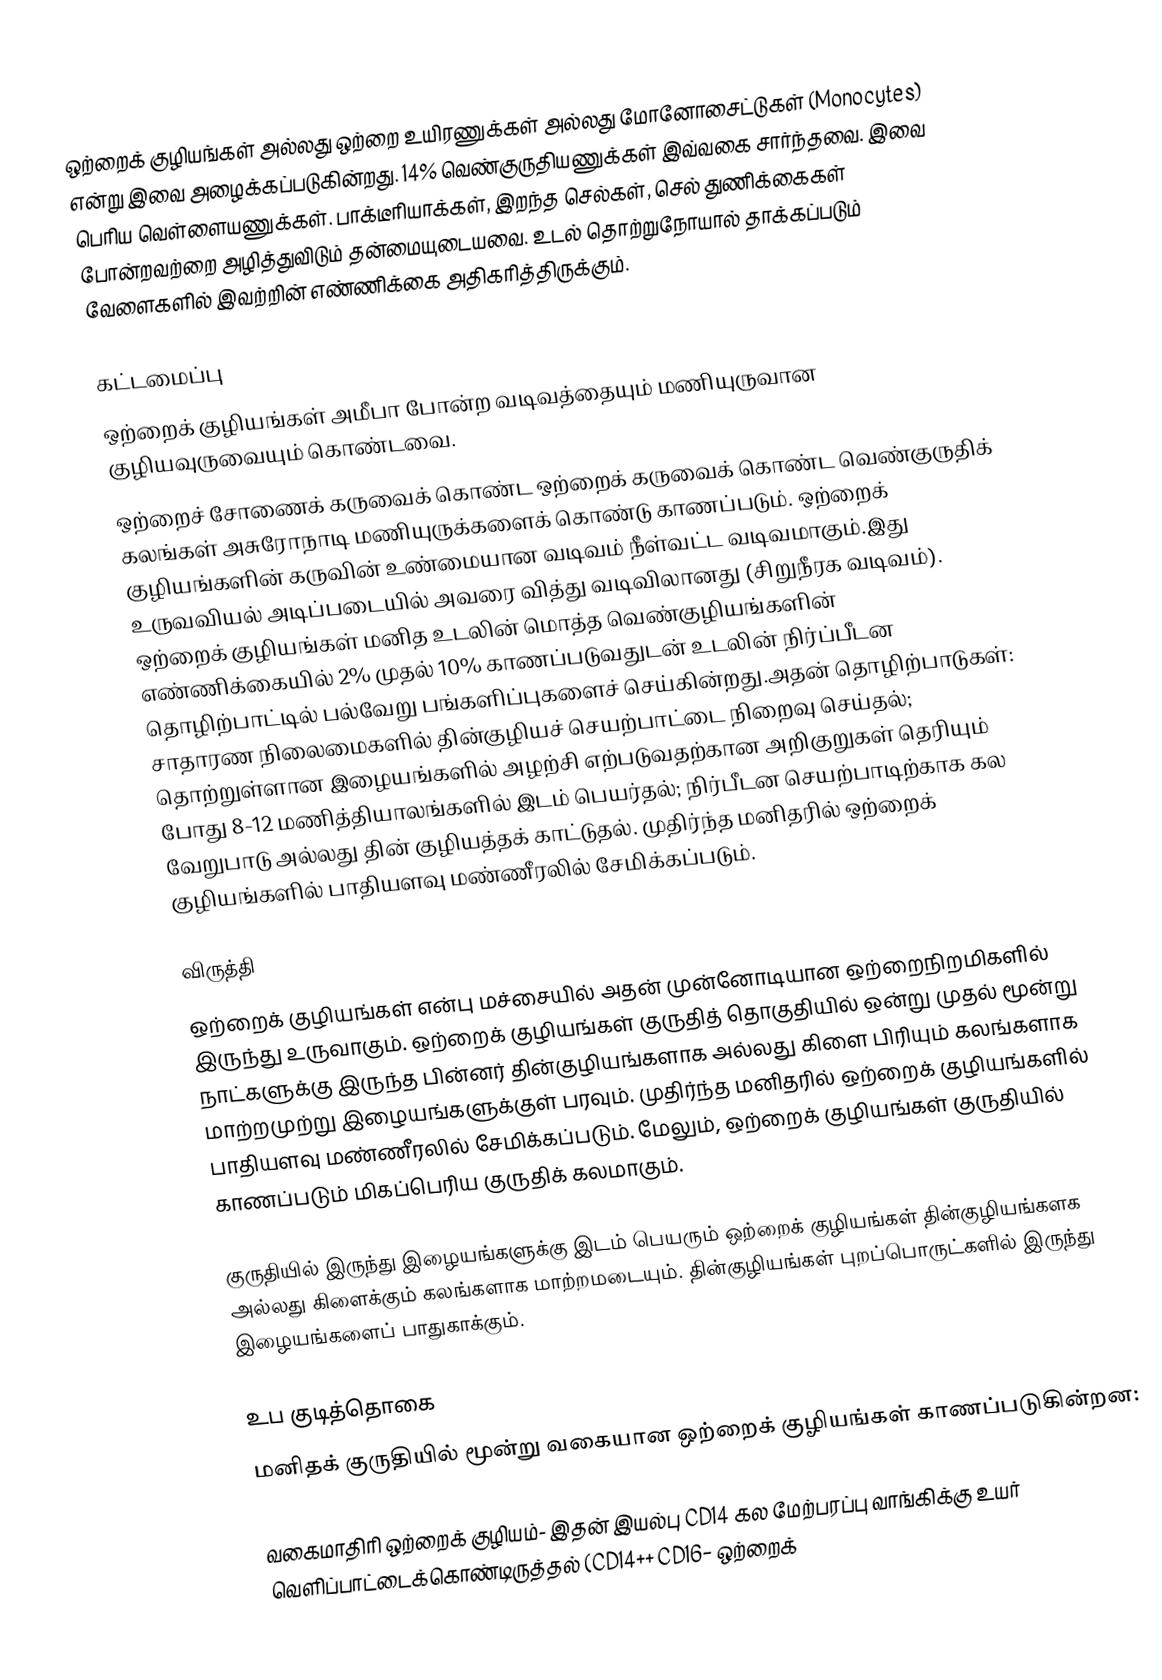
ஒற்றைக் குழியங்கள் அல்லது ஒற்றை உயிரணுக்கள் அல்லது மோனோசைட்டுகள் (Monocytes) என்று இவை அழைக்கப்படுகின்றது. 14% வெண்குருதியணுக்கள் இவ்வகை சார்ந்தவை. இவை பெரிய வெள்ளையணுக்கள். பாக்டீரியாக்கள், இறந்த செல்கள், செல் துணிக்கைகள் போன்றவற்றை அழித்துவிடும் தன்மையுடையவை. உடல் தொற்றுநோயால் தாக்கப்படும் வேளைகளில் இவற்றின் எண்ணிக்கை அதிகரித்திருக்கும்.

கட்டமைப்பு
ஒற்றைக் குழியங்கள் அமீபா போன்ற வடிவத்தையும் மணியுருவான குழியவுருவையும் கொண்டவை.
ஒற்றைச் சோணைக் கருவைக் கொண்ட ஒற்றைக் கருவைக் கொண்ட வெண்குருதிக் கலங்கள் அசுரோநாடி மணியுருக்களைக் கொண்டு காணப்படும். ஒற்றைக் குழியங்களின் கருவின் உண்மையான வடிவம் நீள்வட்ட வடிவமாகும்.இது உருவவியல் அடிப்படையில் அவரை வித்து வடிவிலானது (சிறுநீரக வடிவம்). ஒற்றைக் குழியங்கள் மனித உடலின் மொத்த வெண்குழியங்களின் எண்ணிக்கையில் 2% முதல் 10% காணப்படுவதுடன் உடலின் நிர்ப்பீடன தொழிற்பாட்டில் பல்வேறு பங்களிப்புகளைச் செய்கின்றது.அதன் தொழிற்பாடுகள்: சாதாரண நிலைமைகளில் தின்குழியச் செயற்பாட்டை நிறைவு செய்தல்; தொற்றுள்ளான இழையங்களில் அழற்சி எற்படுவதற்கான அறிகுறுகள் தெரியும் போது 8-12 மணித்தியாலங்களில் இடம் பெயர்தல்; நிர்பீடன செயற்பாடிற்காக கல வேறுபாடு அல்லது தின் குழியத்தக் காட்டுதல். முதிர்ந்த மனிதரில் ஒற்றைக் குழியங்களில் பாதியளவு மண்ணீரலில் சேமிக்கப்படும்.

விருத்தி
ஒற்றைக் குழியங்கள் என்பு மச்சையில் அதன் முன்னோடியான ஒற்றைநிறமிகளில் இருந்து உருவாகும். ஒற்றைக் குழியங்கள் குருதித் தொகுதியில் ஒன்று முதல் மூன்று நாட்களுக்கு இருந்த பின்னர் தின்குழியங்களாக அல்லது கிளை பிரியும் கலங்களாக மாற்றமுற்று இழையங்களுக்குள் பரவும். முதிர்ந்த மனிதரில் ஒற்றைக் குழியங்களில் பாதியளவு மண்ணீரலில் சேமிக்கப்படும். மேலும், ஒற்றைக் குழியங்கள் குருதியில் காணப்படும் மிகப்பெரிய  குருதிக் கலமாகும்.

குருதியில் இருந்து இழையங்களுக்கு இடம் பெயரும் ஒற்றைக் குழியங்கள் தின்குழியங்களக அல்லது கிளைக்கும் கலங்களாக மாற்றமடையும். தின்குழியங்கள் புறப்பொருட்களில் இருந்து இழையங்களைப் பாதுகாக்கும்.

உப குடித்தொகை
மனிதக் குருதியில் மூன்று வகையான ஒற்றைக் குழியங்கள் காணப்படுகின்றன:

 வகைமாதிரி ஒற்றைக் குழியம்- இதன் இயல்பு   CD14 கல மேற்பரப்பு வாங்கிக்கு உயர் வெளிப்பாட்டைக்கொண்டிருத்தல் (CD14++ CD16− ஒற்றைக்